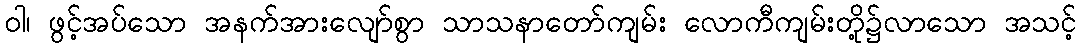
ဝါ၊ ဖွင့်အပ်သော အနက်အားလျော်စွာ သာသနာတော်ကျမ်း လောကီကျမ်းတို့၌လာသော အသင့်